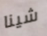
شينا